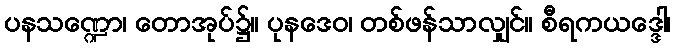
ပနသဏ္ဍော၊ တောအုပ်၌။ ပုနဒေဝ၊ တစ်ဖန်သာလျှင်။ စီရကယဒ္ဒေါ၊